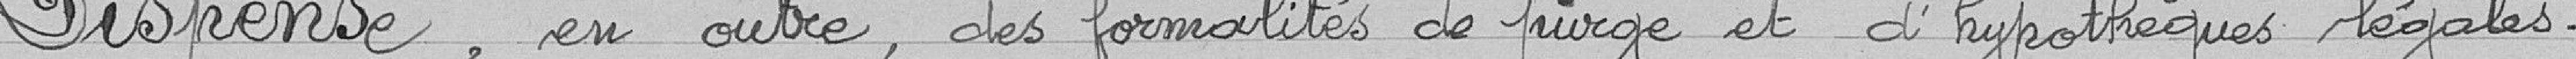
Dispense, en outre, des formalités de purge et d'hypothèques légales.